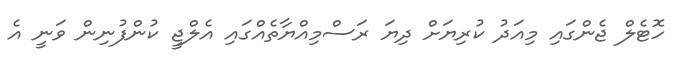
ހޮޓެލް ޖެންގައި މިއަދު ކުރިޔަށް ދިޔަ ރަސްމިއްޔާތެއްގައި އެލްޖީ ކުންފުނިން ވަނީ އެ